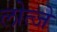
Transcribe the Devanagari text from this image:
लोत्जे